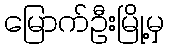
မြောက်ဦးမြို့မှ